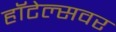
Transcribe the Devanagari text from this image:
हॉटेल्सवर